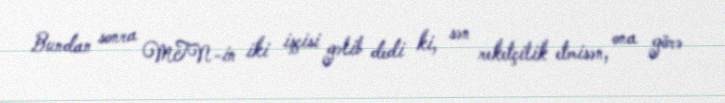
Bundan sonra MTN-in iki işçisi gəlib dedi ki, sən reketçilik etmisən, ona görə